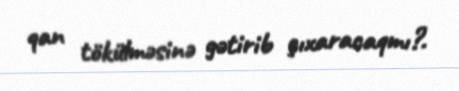
qan tökülməsinə gətirib çıxaracaqmı?.